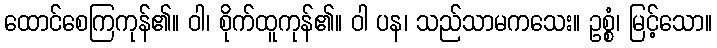
ထောင်စေကြကုန်၏။ ဝါ၊ စိုက်ထူကုန်၏။ ဝါ ပန၊ သည်သာမကသေး။ ဥစ္စံ၊ မြင့်သော။